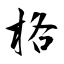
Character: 格